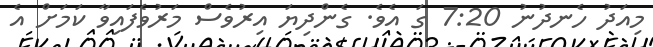
މިއަދު ހެނދުނު 7:20 ގަ އެވެ. ގެންދިޔަ އިރުވެސް މަރުވެފައިވާ ކަމަށް އެ